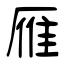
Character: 雁